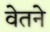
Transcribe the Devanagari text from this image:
वेतने